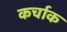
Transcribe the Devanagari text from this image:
कर्चाक